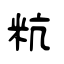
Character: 粇